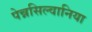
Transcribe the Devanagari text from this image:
पेन्नसिल्वानिया